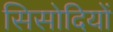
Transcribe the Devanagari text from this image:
सिसोदियों